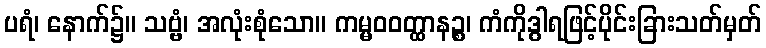
ပရံ၊ နောက်၌။ သဗ္ဗံ၊ အလုံးစုံသော။ ကမ္မဝဝတ္ထာနဉ္စ၊ ကံကိုဒွါရဖြင့်ပိုင်းခြားသတ်မှတ်